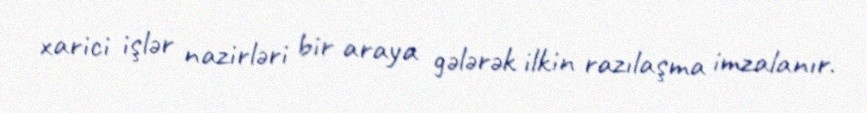
xarici işlər nazirləri bir araya gələrək ilkin razılaşma imzalanır.